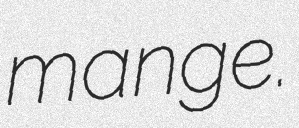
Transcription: mange.